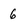
Character: 6